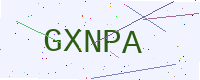
Text: GXNPA